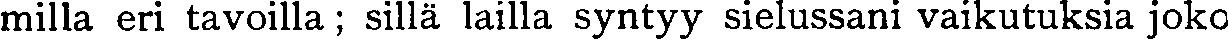
milla eri tavoilla; sillä lailla syntyy sielussani vaikutuksia joko